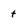
Character: t